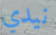
نيدي